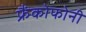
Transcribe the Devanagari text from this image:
फ्रैंकोफोनी